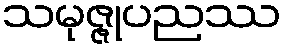
သမုဇ္ဇုပညဿ